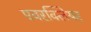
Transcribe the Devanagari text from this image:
एवरक्लियर